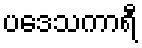
ပဒေသကာရီ